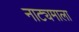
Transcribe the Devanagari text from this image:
नाट्यमाला